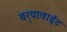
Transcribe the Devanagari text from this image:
बर्‍यावाईट